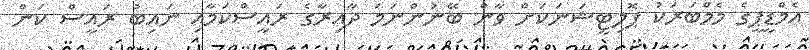
އެމްޑީޕީގެ މެމްބަރަކު ޕޮލިޓީޝަނަކަށް ވާން ބޭނުންނަމަ ދާއިރާގެ ރައީސްކަމާއި ނައިބު ރައީސް ކަން